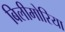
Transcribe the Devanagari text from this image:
बिलीमोरिया